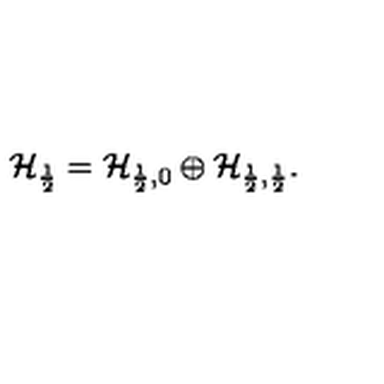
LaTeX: \mathcal { H } _ { \frac { 1 } { 2 } } = \mathcal { H } _ { \frac { 1 } { 2 } , 0 } \oplus \mathcal { H } _ { \frac { 1 } { 2 } , \frac { 1 } { 2 } } .